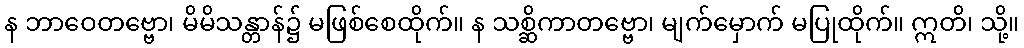
န ဘာဝေတဗ္ဗော၊ မိမိသန္တာန်၌ မဖြစ်စေထိုက်။ န သစ္ဆိကာတဗ္ဗော၊ မျက်မှောက် မပြုထိုက်။ ဣတိ၊ သို့။